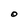
Character: O